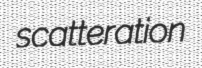
scatteration